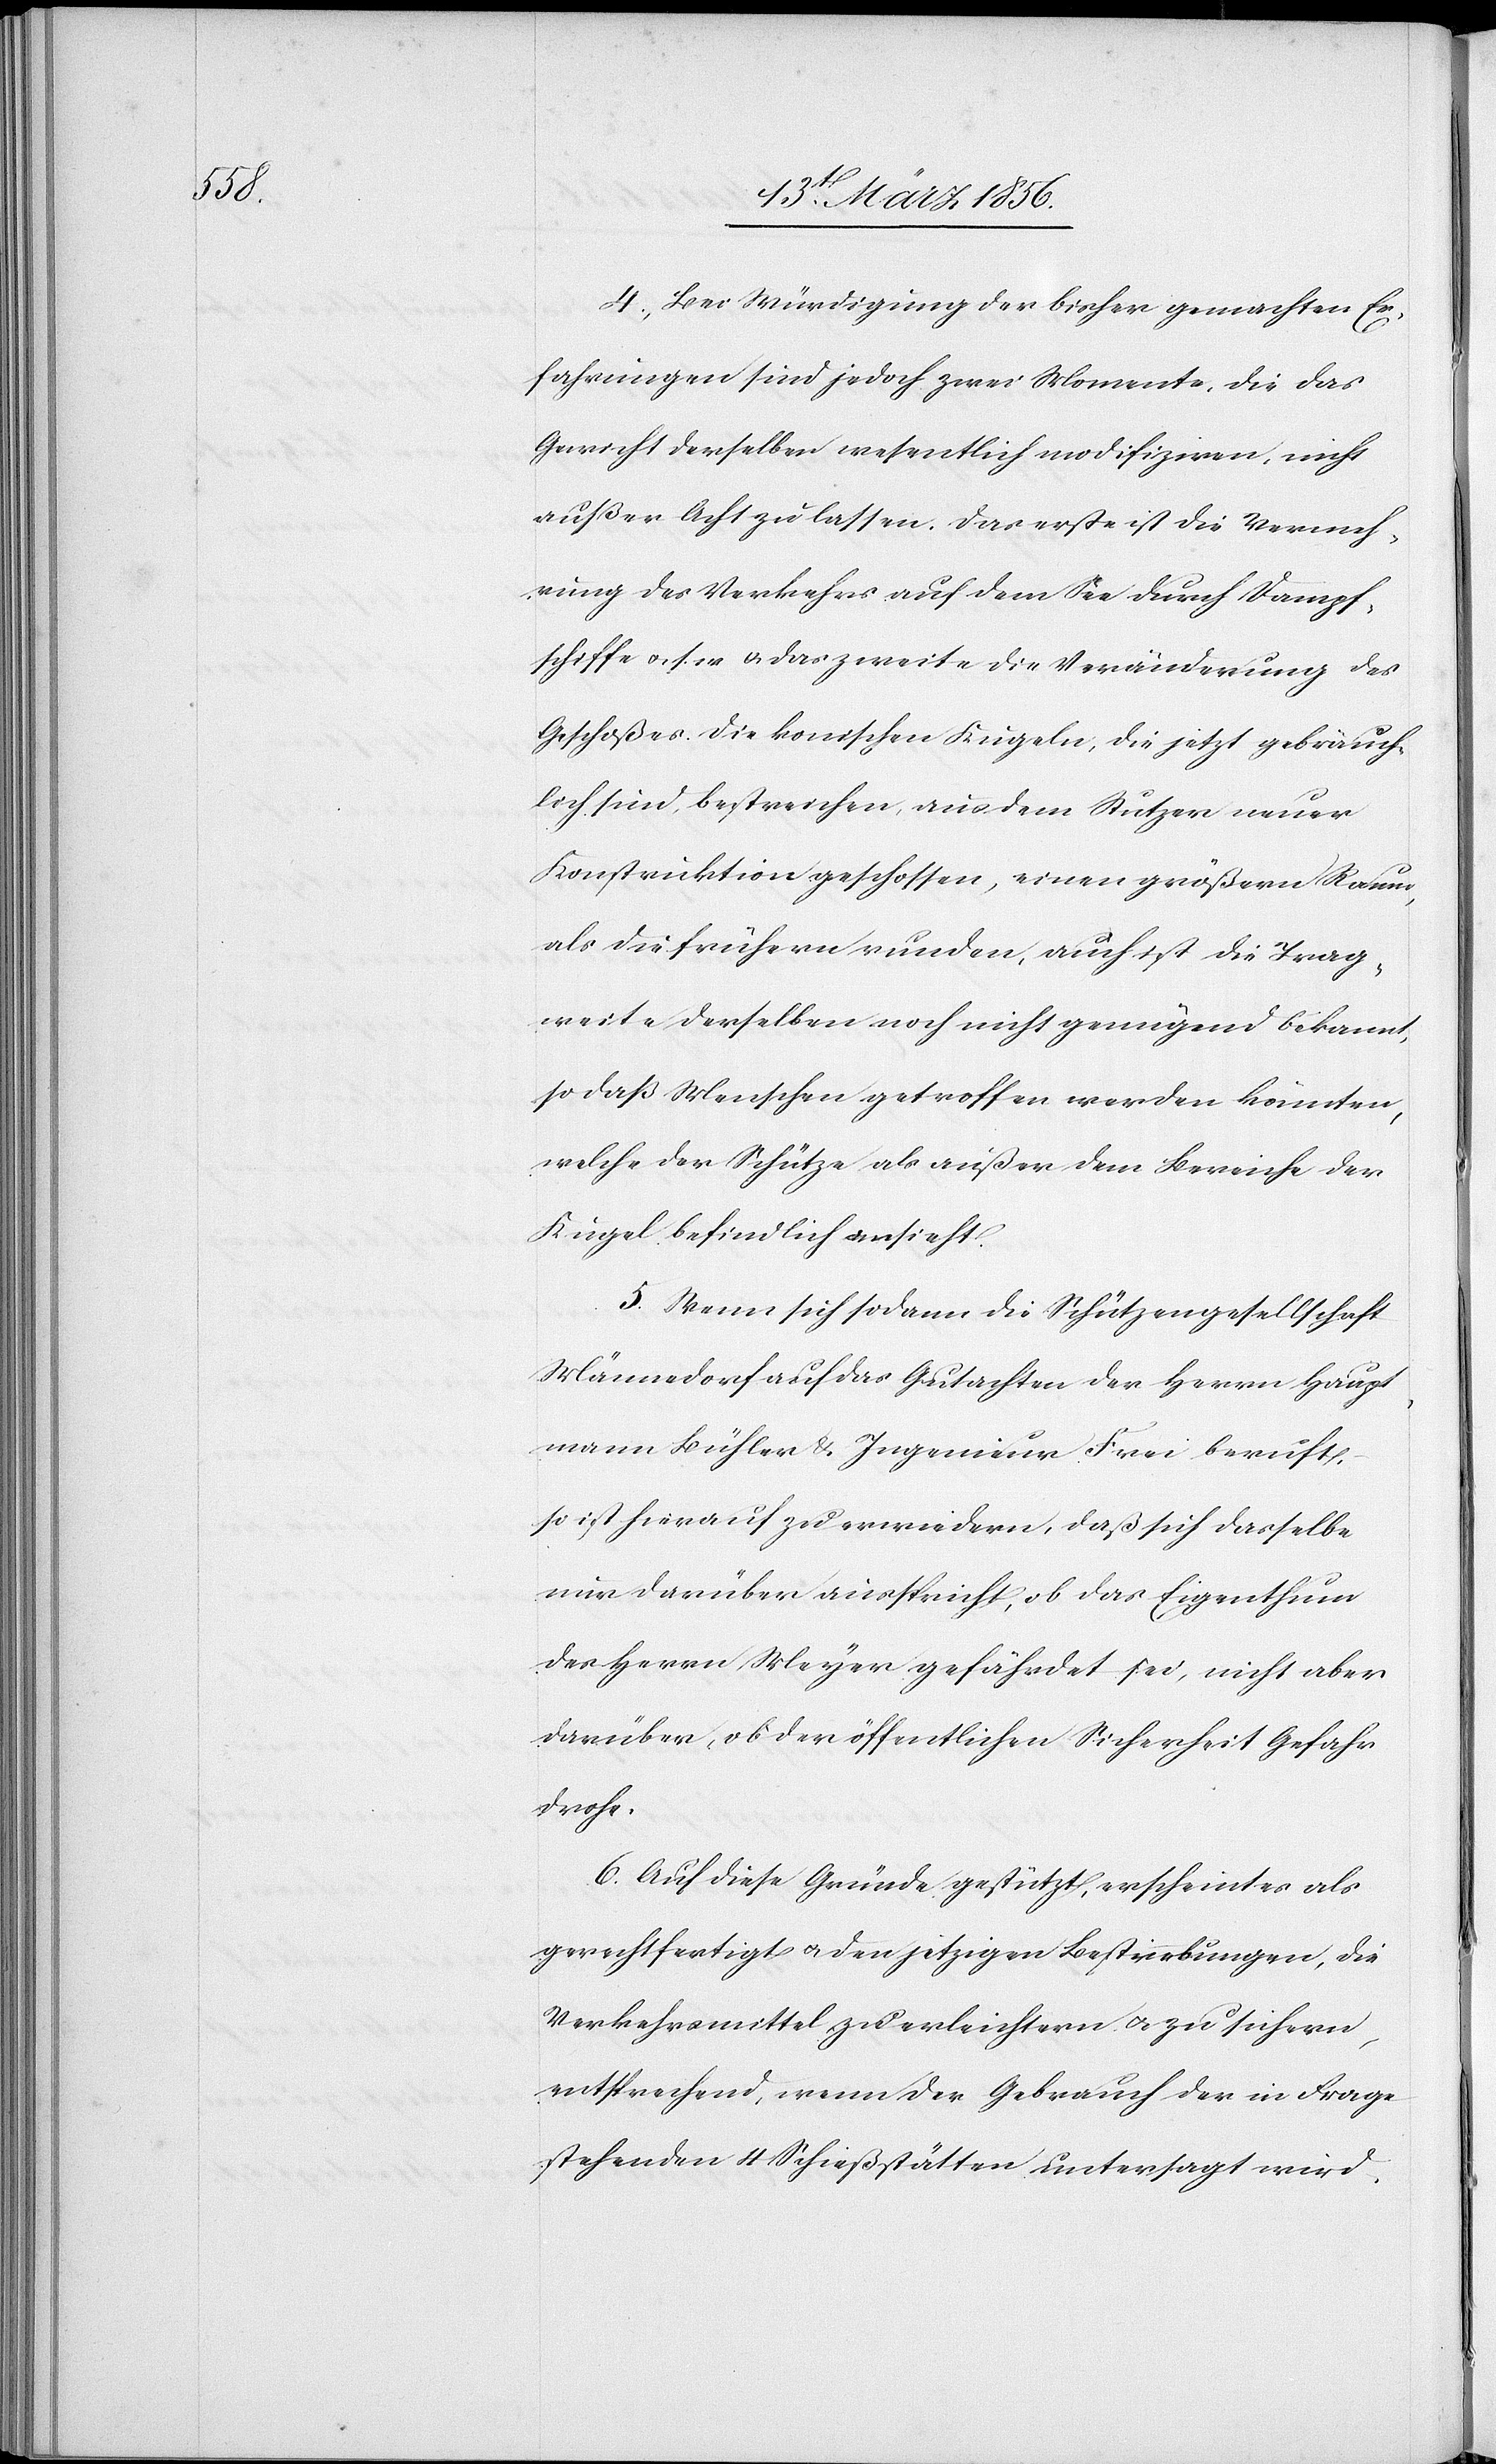
4., Bei Würdigung der bisher gemachten Er¬
fahrungen sind jedoch zwei Momente, die das
Gewicht derselben wesentlich modifiziren, nicht
außer Acht zu lassen. Das erste ist die Vermeh¬
rung des Verkehrs auf dem See durch Dampf¬
schiffe u. s. w. & das zweite die Veränderung des
Geschoßes. Die konischen Kugeln, die jetzt gebräuch¬
lich sind, bestreichen, aus dem Stutzer neuer
Konstruktion geschossen, einen größern Raum,
als die frühern runden, auch ist die Trag¬
weite derselben noch nicht genügend bekannt,
so daß Menschen getroffen werden könnten,
welche der Schütze als außer dem Bereiche der
Kugel befindlich ansieht.
5. Wenn sich sodann die Schützengesellschaft
Männedorf auf das Gutachten der Herrn Haupt¬
mann Bühler & Ingenieur Frei beruft,
so ist hierauf zu erwiedern, das sich dasselbe
nur darüber ausspricht, ob das Eigenthum
des Herrn Meyer gefährdet sei, nicht aber
darüber, ob der öffentlichen Sicherheit Gefahr
drohe.
6. Auf diese Gründe gestützt, erscheint es als
gerechtfertigt u. den jetzigen Bestrebungen, die
Verkehrsmittel zu erleichtern u. zu sichern,
entsprechend, wenn der Gebrauch der in Frage
stehenden 4 Schießstätten untersagt wird.